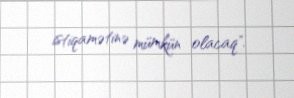
istiqamətinə mümkün olacaq".